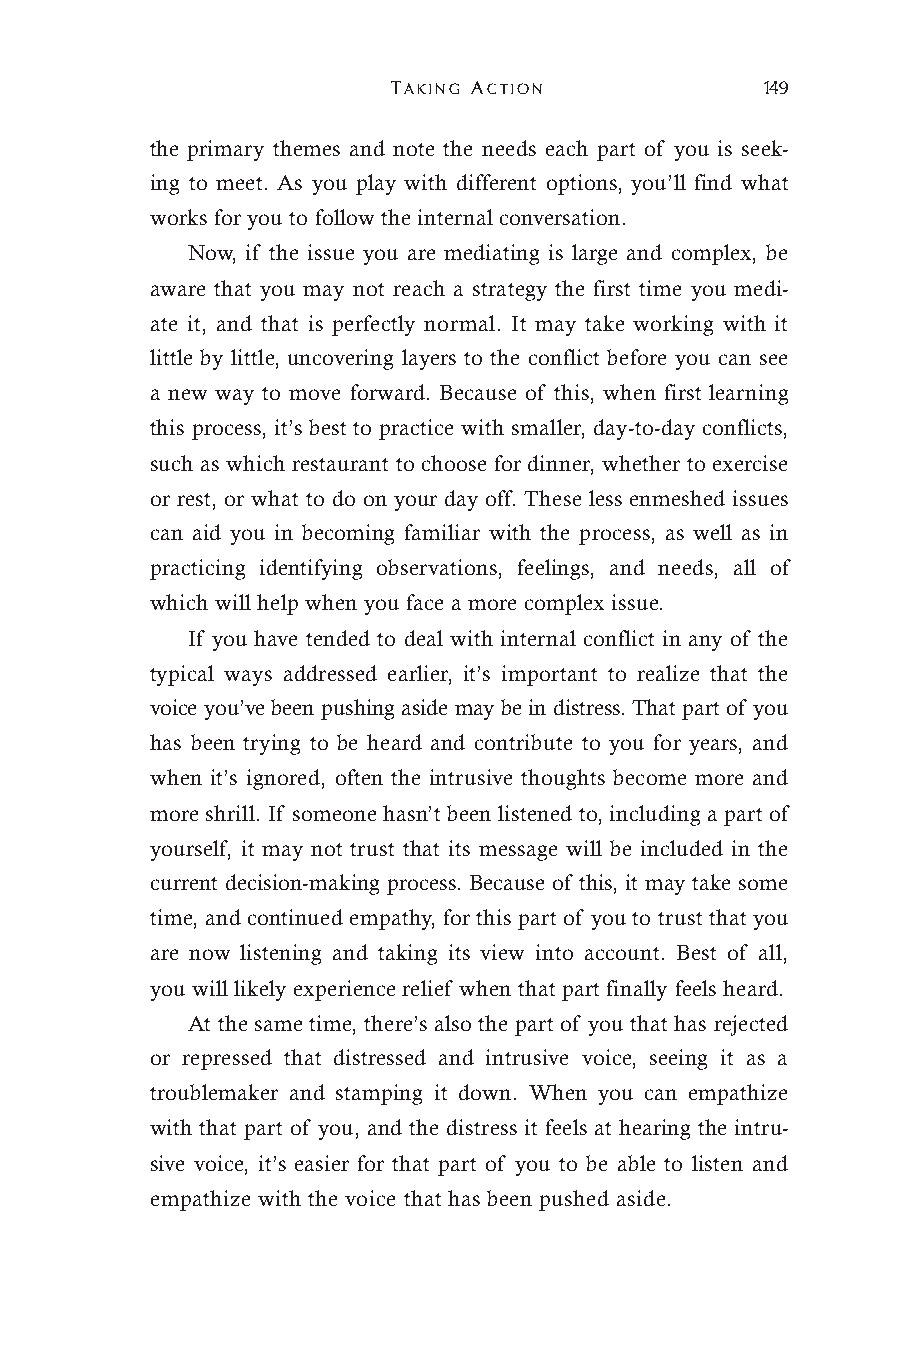
TAKING ACTION            149
 the primary themes and note the needs each part of you is seek-
 ing to meet. As you play with different options, you’ll find what
 works for you to follow the internal conversation.
 Now, if the issue you are mediating is large and complex, be
 aware that you may not reach a strategy the first time you medi-
 ate it, and that is perfectly normal. It may take working with it
 little by little, uncovering layers to the conflict before you can see
 a new way to move forward. Because of this, when first learning
 this process, it’s best to practice with smaller, day-to-day conflicts,
 such as which restaurant to choose for dinner, whether to exercise
 or rest, or what to do on your day off. These less enmeshed issues
 can aid you in becoming familiar with the process, as well as in
 practicing identifying observations, feelings, and needs, all of
 which will help when you face a more complex issue.
 If you have tended to deal with internal conflict in any of the
 typical ways addressed earlier, it’s important to realize that the
 voice you’ve been pushing aside may be in distress. That part of you
 has been trying to be heard and contribute to you for years, and
 when it’s ignored, often the intrusive thoughts become more and
 more shrill. If someone hasn’t been listened to, including a part of
 yourself, it may not trust that its message will be included in the
 current decision-making process. Because of this, it may take some
 time, and continued empathy, for this part of you to trust that you
 are now listening and taking its view into account. Best of all,
 you will likely experience relief when that part finally feels heard.
 At the same time, there’s also the part of you that has rejected
 or repressed that distressed and intrusive voice, seeing it as a
 troublemaker and stamping it down. When you can empathize
 with that part of you, and the distress it feels at hearing the intru-
 sive voice, it’s easier for that part of you to be able to listen and
 empathize with the voice that has been pushed aside.